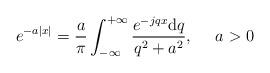
LaTeX: \begin{align*}e^{-a|x|}=\frac{a}{\pi}\int_{-\infty}^{+\infty}\frac{e^{-jqx}\mbox{d}q}{q^2+a^2},~~~~a> 0\end{align*}